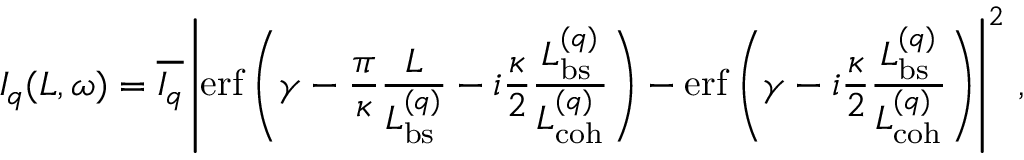
I _ { q } ( L , \omega ) = \overline { { I _ { q } } } \left| \mathrm { e r f } \left( \gamma - \frac { \pi } { \kappa } \frac { L } { L _ { \mathrm { b s } } ^ { ( q ) } } - i \frac { \kappa } { 2 } \frac { L _ { \mathrm { b s } } ^ { ( q ) } } { L _ { \mathrm { c o h } } ^ { ( q ) } } \right) - \mathrm { e r f } \left( \gamma - i \frac { \kappa } { 2 } \frac { L _ { \mathrm { b s } } ^ { ( q ) } } { L _ { \mathrm { c o h } } ^ { ( q ) } } \right) \right| ^ { 2 } \, ,